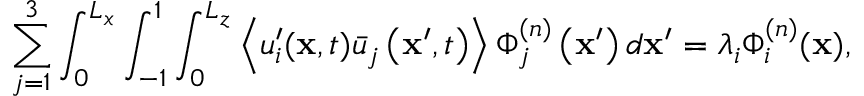
\sum _ { j = 1 } ^ { 3 } \int _ { 0 } ^ { L _ { x } } \int _ { - 1 } ^ { 1 } \int _ { 0 } ^ { L _ { z } } \left\langle u _ { i } ^ { \prime } ( \mathbf { x } , t ) \bar { u } _ { j } \left( \mathbf { x } ^ { \prime } , t \right) \right\rangle \Phi _ { j } ^ { ( n ) } \left( \mathbf { x } ^ { \prime } \right) d \mathbf { x } ^ { \prime } = \lambda _ { i } \Phi _ { i } ^ { ( n ) } ( \mathbf { x } ) ,